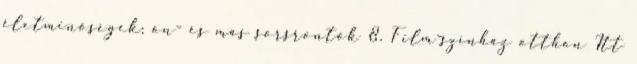
életminőségek: ön- és más sorsrontók 8. Film-színház otthon Itt